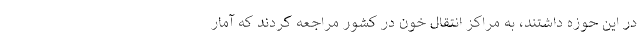
در این حوزه داشتند، به مراکز انتقال خون در کشور مراجعه کردند که آمار